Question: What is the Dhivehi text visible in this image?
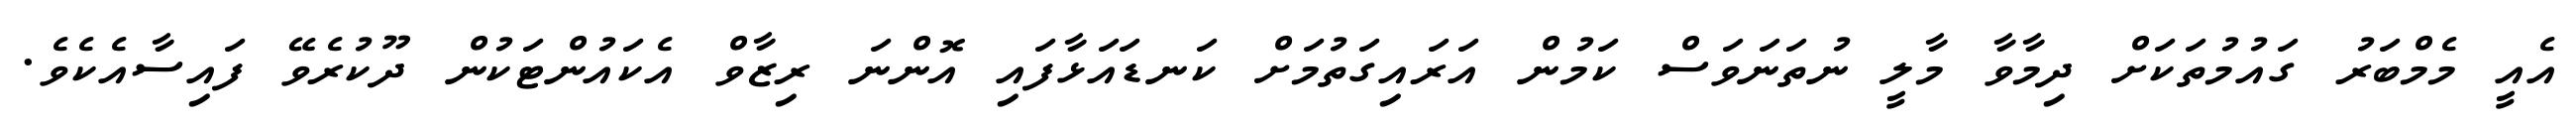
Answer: އެއީ މެމްބަރު ގައުމުތަކަށް ދިމާވާ މާލީ ނުތަނަވަސް ކަމުން އަރައިގަތުމަށް ކަނޑައަޅާފައި އޮންނަ ރިޒާވް އެކައުންޓަކުން ދޫކުރެވޭ ފައިސާއެކެވެ.